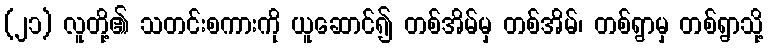
(၂၁) လူတို့၏ သတင်းစကားကို ယူဆောင်၍ တစ်အိမ်မှ တစ်အိမ်၊ တစ်ရွာမှ တစ်ရွာသို့